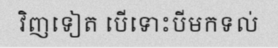
វិញទៀត បើទោះបីមកទល់